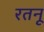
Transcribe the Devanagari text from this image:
रतनू